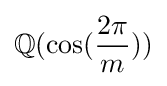
\mathbb {Q} (\cos({\frac {2\pi }{m}}))